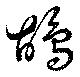
鴣